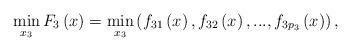
LaTeX: \begin{align*} \mathop{\min }\limits_{x_{3} } F_{3} \left(x\right)=\mathop{\min }\limits_{x_{3} } \left(f_{31} \left(x\right),f_{32} \left(x\right),...,f_{3p_{3} } \left(x\right)\right), \end{align*}